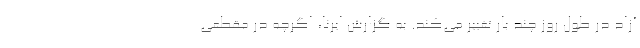
آزاد در طول روز چند بار تغییر می‌کند. به گزارش ایرنا، اگرچه در مقطعی